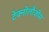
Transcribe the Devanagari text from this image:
टेक्नोलौजीस